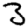
Digit: 3